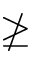
\ngeq